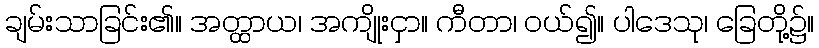
ချမ်းသာခြင်း၏။ အတ္ထာယ၊ အကျိုးငှာ။ ကီတာ၊ ဝယ်၍။ ပါဒေသု၊ ခြေတို့၌။